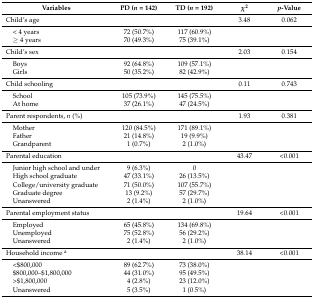
<table><thead><tr><td><b>Variables</b></td><td><b>PD (<i>n</i> = 142)</b></td><td><b>TD (<i>n</i> = 192)</b></td><td><b><i>χ</i><sup>2</sup></b></td><td><b><i>p</i>-Value</b></td></tr></thead><tbody><tr><td>Child’s age</td><td></td><td></td><td>3.48</td><td>0.062</td></tr><tr><td> &lt; 4 years</td><td>72 (50.7%)</td><td>117 (60.9%)</td><td></td><td></td></tr><tr><td> ≥ 4 years</td><td>70 (49.3%)</td><td>75 (39.1%)</td><td></td><td></td></tr><tr><td>Child’s sex</td><td></td><td></td><td>2.03</td><td>0.154</td></tr><tr><td> Boys</td><td>92 (64.8%)</td><td>109 (57.1%)</td><td></td><td></td></tr><tr><td> Girls</td><td>50 (35.2%)</td><td>82 (42.9%)</td><td></td><td></td></tr><tr><td>Child schooling</td><td></td><td></td><td>0.11</td><td>0.743</td></tr><tr><td> School</td><td>105 (73.9%)</td><td>145 (75.5%)</td><td></td><td></td></tr><tr><td> At home</td><td>37 (26.1%)</td><td>47 (24.5%)</td><td></td><td></td></tr><tr><td>Parent respondents,<i>n</i> (%)</td><td></td><td></td><td>1.93</td><td>0.381</td></tr><tr><td> Mother</td><td>120 (84.5%)</td><td>171 (89.1%)</td><td></td><td></td></tr><tr><td> Father</td><td>21 (14.8%)</td><td>19 (9.9%)</td><td></td><td></td></tr><tr><td> Grandparent</td><td>1 (0.7%)</td><td>2 (1.0%)</td><td></td><td></td></tr><tr><td>Parental education</td><td></td><td></td><td>43.47</td><td>&lt;0.001</td></tr><tr><td> Junior high school and under</td><td>9 (6.3%)</td><td>0</td><td></td><td></td></tr><tr><td> High school graduate</td><td>47 (33.1%)</td><td>26 (13.5%)</td><td></td><td></td></tr><tr><td> College/university graduate</td><td>71 (50.0%)</td><td>107 (55.7%)</td><td></td><td></td></tr><tr><td> Graduate degree</td><td>13 (9.2%)</td><td>57 (29.7%)</td><td></td><td></td></tr><tr><td> Unanswered</td><td>2 (1.4%)</td><td>2 (1.0%)</td><td></td><td></td></tr><tr><td>Parental employment status</td><td></td><td></td><td>19.64</td><td>&lt;0.001</td></tr><tr><td> Employed</td><td>65 (45.8%)</td><td>134 (69.8%)</td><td></td><td></td></tr><tr><td> Unemployed</td><td>75 (52.8%)</td><td>56 (29.2%)</td><td></td><td></td></tr><tr><td> Unanswered</td><td>2 (1.4%)</td><td>2 (1.0%)</td><td></td><td></td></tr><tr><td>Household income <sup>a</sup></td><td></td><td></td><td>38.14</td><td>&lt;0.001</td></tr><tr><td> &lt;$800,000</td><td>89 (62.7%)</td><td>73 (38.0%)</td><td></td><td></td></tr><tr><td> $800,000–$1,800,000</td><td>44 (31.0%)</td><td>95 (49.5%)</td><td></td><td></td></tr><tr><td> &gt;$1,800,000</td><td>4 (2.8%)</td><td>23 (12.0%)</td><td></td><td></td></tr><tr><td> Unanswered</td><td>5 (3.5%)</td><td>1 (0.5%)</td><td></td><td></td></tr></tbody></table>